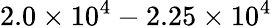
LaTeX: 2.0\times 10^{4}-2.25\times 10^{4}